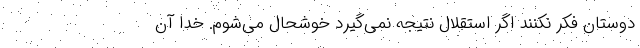
دوستان فکر نکنند اگر استقلال نتیجه نمی‌گیرد خوشحال می‌شوم. خدا آن